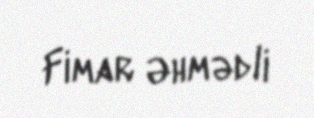
Fimar Əhmədli